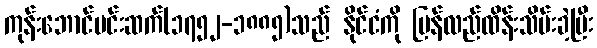
ကုန်းဘောင်မင်းဆက်(၁၇၅၂-၁၈၈၅)သည် နိုင်ငံကို ပြန်လည်ထိန်းသိမ်းခဲ့ပြီး